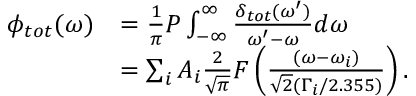
\begin{array} { r l } { \phi _ { t o t } ( \omega ) } & { = \frac { 1 } { \pi } P \int _ { - \infty } ^ { \infty } \frac { \delta _ { t o t } ( \omega ^ { \prime } ) } { \omega ^ { \prime } - \omega } d \omega } \\ & { = \sum _ { i } A _ { i } \frac { 2 } { \sqrt { \pi } } F \left( \frac { ( \omega - \omega _ { i } ) } { \sqrt { 2 } ( \Gamma _ { i } / 2 . 3 5 5 ) } \right) . } \end{array}